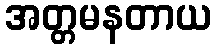
အတ္တမနတာယ